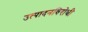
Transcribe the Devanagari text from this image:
उत्पादनविरोधी